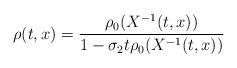
LaTeX: \begin{align*}\rho(t, x) = \frac{\rho_0(X^{-1}(t, x))}{1 - \sigma_2 t \rho_0(X^{-1}(t, x))}\end{align*}